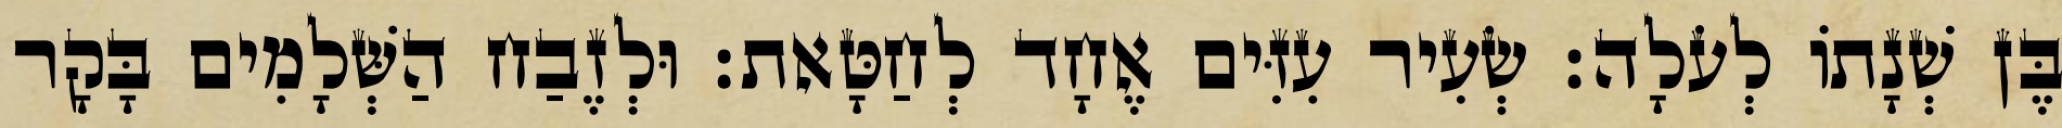
בֶּן שְׁנָתוֹ לְעֹלָה׃ שְׂעִיר עִזִּים אֶחָד לְחַטָּאת׃ וּלְזֶבַח הַשְּׁלָמִים בָּקָר